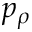
p _ { \rho }